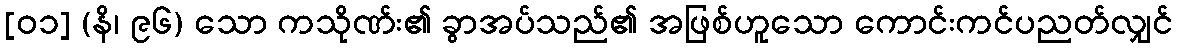
[၀၁] (နိ၊ ၉၆) သော ကသိုဏ်း၏ ခွာအပ်သည်၏ အဖြစ်ဟူသော ကောင်းကင်ပညတ်လျှင်